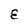
Character: E